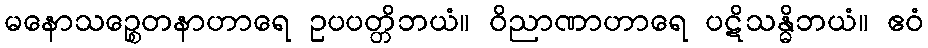
မနောသဉ္စေတနာဟာရေ ဥပပတ္တိဘယံ။ ဝိညာဏာဟာရေ ပဋိသန္ဓိဘယံ။ ဧဝံ